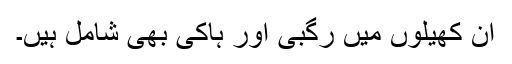
ان کھیلوں میں رگبی اور ہاکی بھی شامل ہیں۔